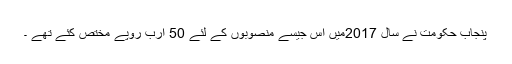
پنجاب حکومت نے سال 2017میں اس جیسے منصوبوں کے لئے 50 ارب روپے مختص کئے تھے ۔